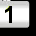
Digit: 1